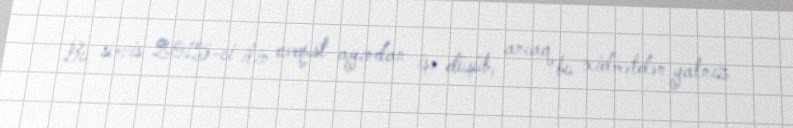
Bu servis 2015-ci ilin avqust ayından işə düşüb, ancaq bu xidmətdən yalnız